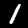
Digit: 1